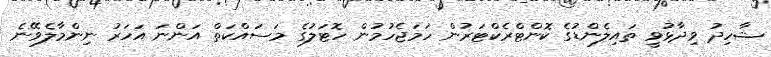
ޝާހިދު ވިދާޅުވީ ތައިލެންޑުގެ ކޮންޓްރެކްޓަރުން ހަމަޖެހުމުން ހޮޓަލުގެ މަސައްކަތް އަންނަ އަހަރު ނިންމާލެވޭނެ